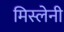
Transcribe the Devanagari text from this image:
मिस्लेनी